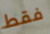
فقط